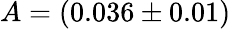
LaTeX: A=(0.036\pm 0.01)